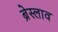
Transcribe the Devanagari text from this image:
ब्रेस्लाव